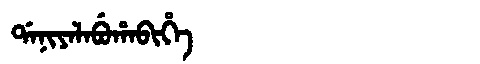
Manchu: ᡩᠠᠨᡳᠶᠠᠯᠠᠪᡠᡥᠠᠪᡳᡥᡝ
Romanization: DANIYALABUHABIHE